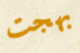
بهجت